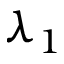
\lambda _ { 1 }